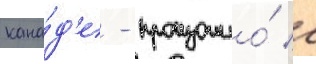
кана́д'е - произошло́ с